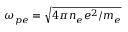
\omega _ { p e } = \sqrt { 4 \pi n _ { e } e ^ { 2 } / m _ { e } }